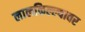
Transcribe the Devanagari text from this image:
लालकिल्ल्यावर